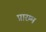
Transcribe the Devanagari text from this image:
प्रारम्म